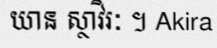
យាន ស្ថាវិរៈ ។ Akira